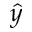
\hat { y }